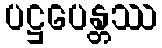
ပဋ္ဌပေန္တဿ